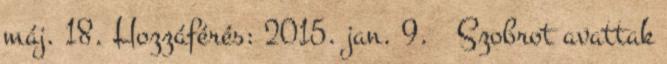
máj. 18. Hozzáférés: 2015. jan. 9. ↑ Szobrot avattak